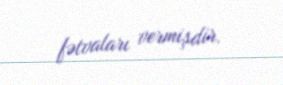
fətvaları vermişdir.